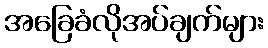
အခြေခံလိုအပ်ချက်များ